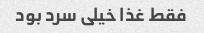
فقط غذا خیلی سرد بود